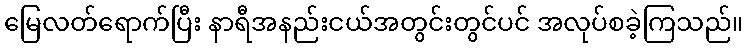
မြေလတ်ရောက်ပြီး နာရီအနည်းငယ်အတွင်းတွင်ပင် အလုပ်စခဲ့ကြသည်။